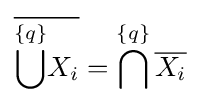
{\overline {{\overset {\{q\}}{\bigcup }}X_{i}}}=\bigcap ^{\{q\}}{\overline {X_{i}}}